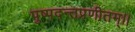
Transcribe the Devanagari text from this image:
पुष्पदन्तप्रणीतम्।।